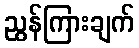
ညွန်ကြားချက်